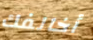
أخالفك